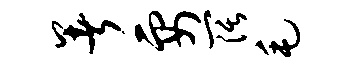
暑要阔毛